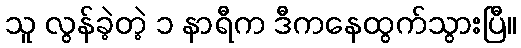
သူ လွန်ခဲ့တဲ့ ၁ နာရီက ဒီကနေထွက်သွားပြီ။